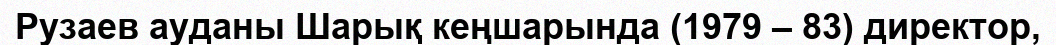
Рузаев ауданы Шарық кеңшарында (1979 – 83) директор,